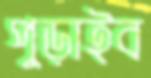
পুড়াইব